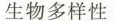
生物多样性